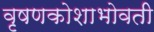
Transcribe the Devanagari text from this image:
वृषणकोशाभोवती